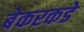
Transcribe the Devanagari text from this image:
बेकरकडे